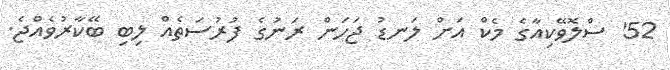
52' ސްލޮވޭކިއާގެ މެކް އަށް ލަނޑު ޖަހަން ރަނުގެ ފުރުސަތެއް ލިބި ބޭކާރުވެއްޖެ.